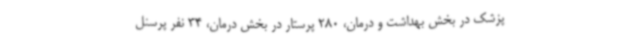
پزشک در بخش بهداشت و درمان، 280 پرستار در بخش درمان، 34 نفر پرسنل